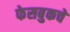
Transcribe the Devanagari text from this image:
फेसबुकचे